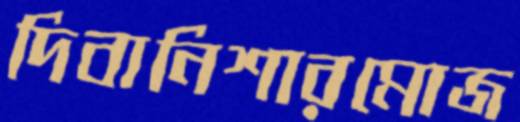
দিবানিশারমোজ